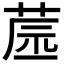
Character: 𦱯